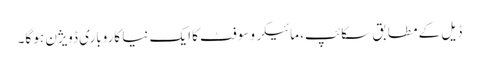
ڈیل کے مطابق سکائپ، مائیکروسوفٹ کا ایک نیا کاروباری ڈویژن ہو گا۔